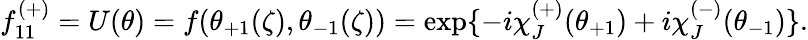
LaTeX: f_{11}^{(+)}=U(\theta)=f(\theta_{+1}(\zeta),\theta_{-1}(\zeta))=\exp\{ -i\chi_{J}^{(+)}(\theta_{+1})+i\chi_{J}^{(-)}(\theta_{-1})\} .